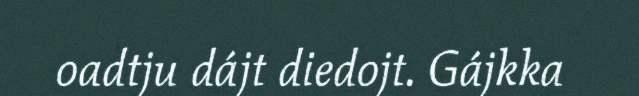
oadtju dájt diedojt. Gájkka